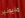
مليونير